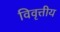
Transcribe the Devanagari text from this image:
विवृत्तीय